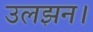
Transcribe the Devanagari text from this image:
उलझन।